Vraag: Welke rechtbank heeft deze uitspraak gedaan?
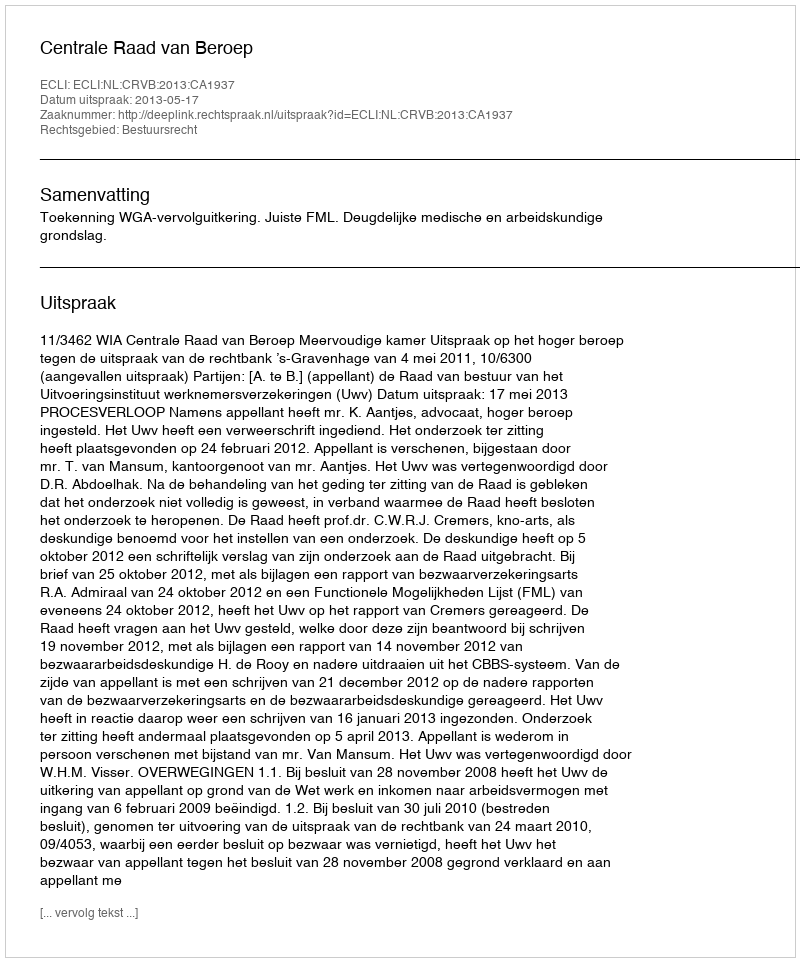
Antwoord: Centrale Raad van Beroep